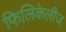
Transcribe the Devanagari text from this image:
फिलिकेलीज